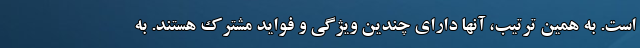
است. به همین ترتیب، آنها دارای چندین ویژگی و فواید مشترک هستند. به